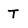
Character: T